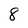
Character: 8